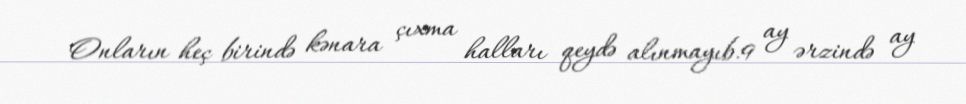
Onların heç birində kənara çıxma halları qeydə alınmayıb.9 ay ərzində ay